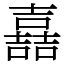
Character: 嚞